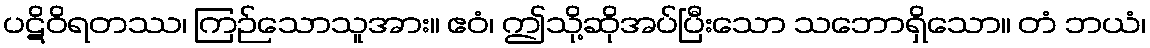
ပဋိဝိရတဿ၊ ကြဉ်သောသူအား။ ဧဝံ၊ ဤသို့ဆိုအပ်ပြီးသော သဘောရှိသော။ တံ ဘယံ၊